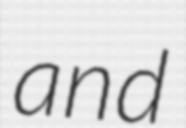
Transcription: and